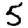
Digit: 5